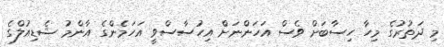
މި ދަތުުރުގެ މިހާ ހިސާބަށް ވެސް އަހަންނަށް އިހުސާސްވީ އަހަމެންގެ އާންމު ޝެޑިއުލްގެ